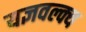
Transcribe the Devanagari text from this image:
यज्ञवल्क्य